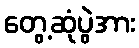
တွေ့ဆုံပွဲအား